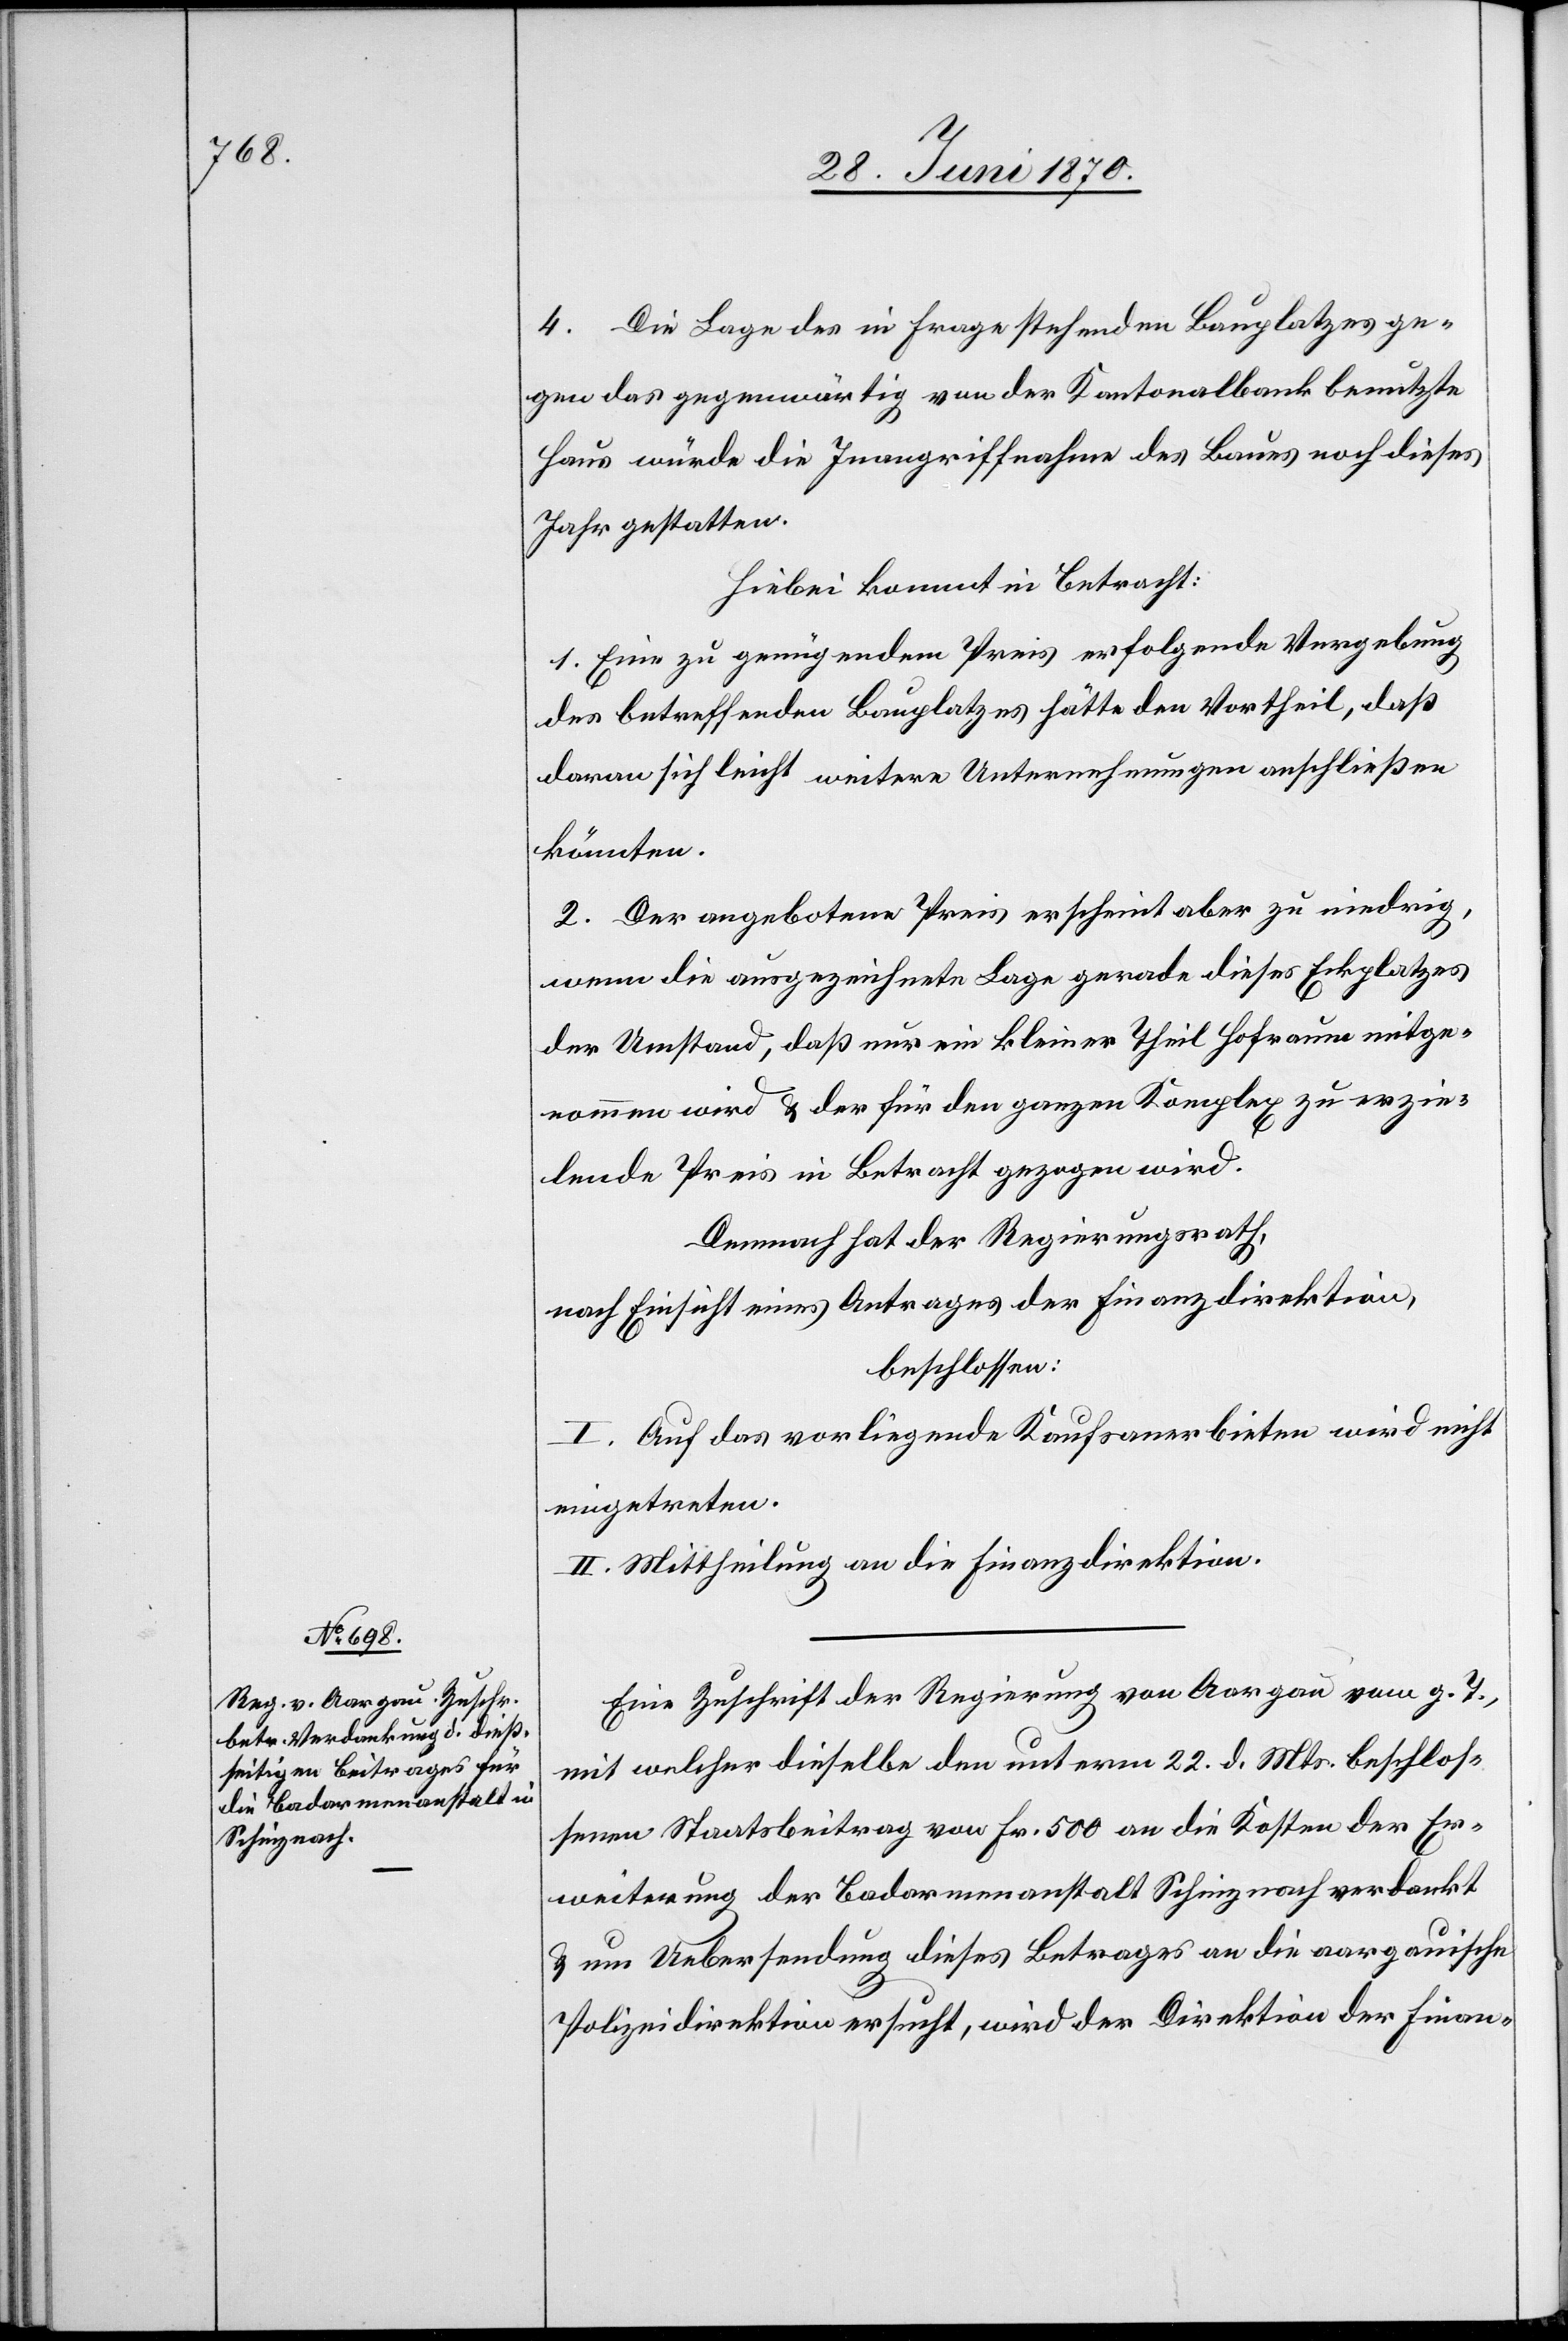
4. Die Lage des in Frage stehenden Bauplatzes ge¬
gen das gegenwärtig von der Kantonalbank benutzte
Haus würde die Inangriffnahme des Baues noch dieses
Jahr gestatten.
Hiebei kommt in Betracht:
1. Eine zu genügendem Preis erfolgende Vergebung
des betreffenden Bauplatzes hätte den Vortheil, daß
daran sich leicht weitere Unternehmungen anschließen
könnten.
2. Der angebotene Preis erscheint aber zu niedrig,
wenn die ausgezeichnete Lage gerade dieses Eckplatzes
der Umstand, daß nur ein kleiner Theil Hofraume mitge¬
nommen wird & der für den ganzen Komplex zu erzie¬
lende Preis in Betracht gezogen wird.
Demnach hat der Regierungsrath,
nach Einsicht eines Antrages der Finanzdirektion,
beschlossen:
I. Auf das vorliegende Kaufsanerbieten wird nicht
eingetreten.
II. Mittheilung an die Finanzdirektion.
Eine Zuschrift der Regierung von Aargau vom g. T.,
mit welcher dieselbe den unterm 22. d. Mts. beschlos¬
senen Staatsbeitrag von Fr. 500 an die Kosten der Er¬
weiterung der Badarmenanstalt Schinznach verdankt
& um Uebersendung dieses Betrages an die aargauische
Polizeidirektion ersucht, wird der Direktion der Finan-